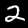
Digit: 2